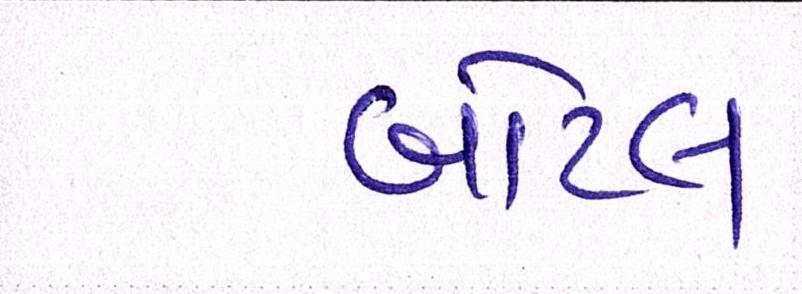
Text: બોટલ